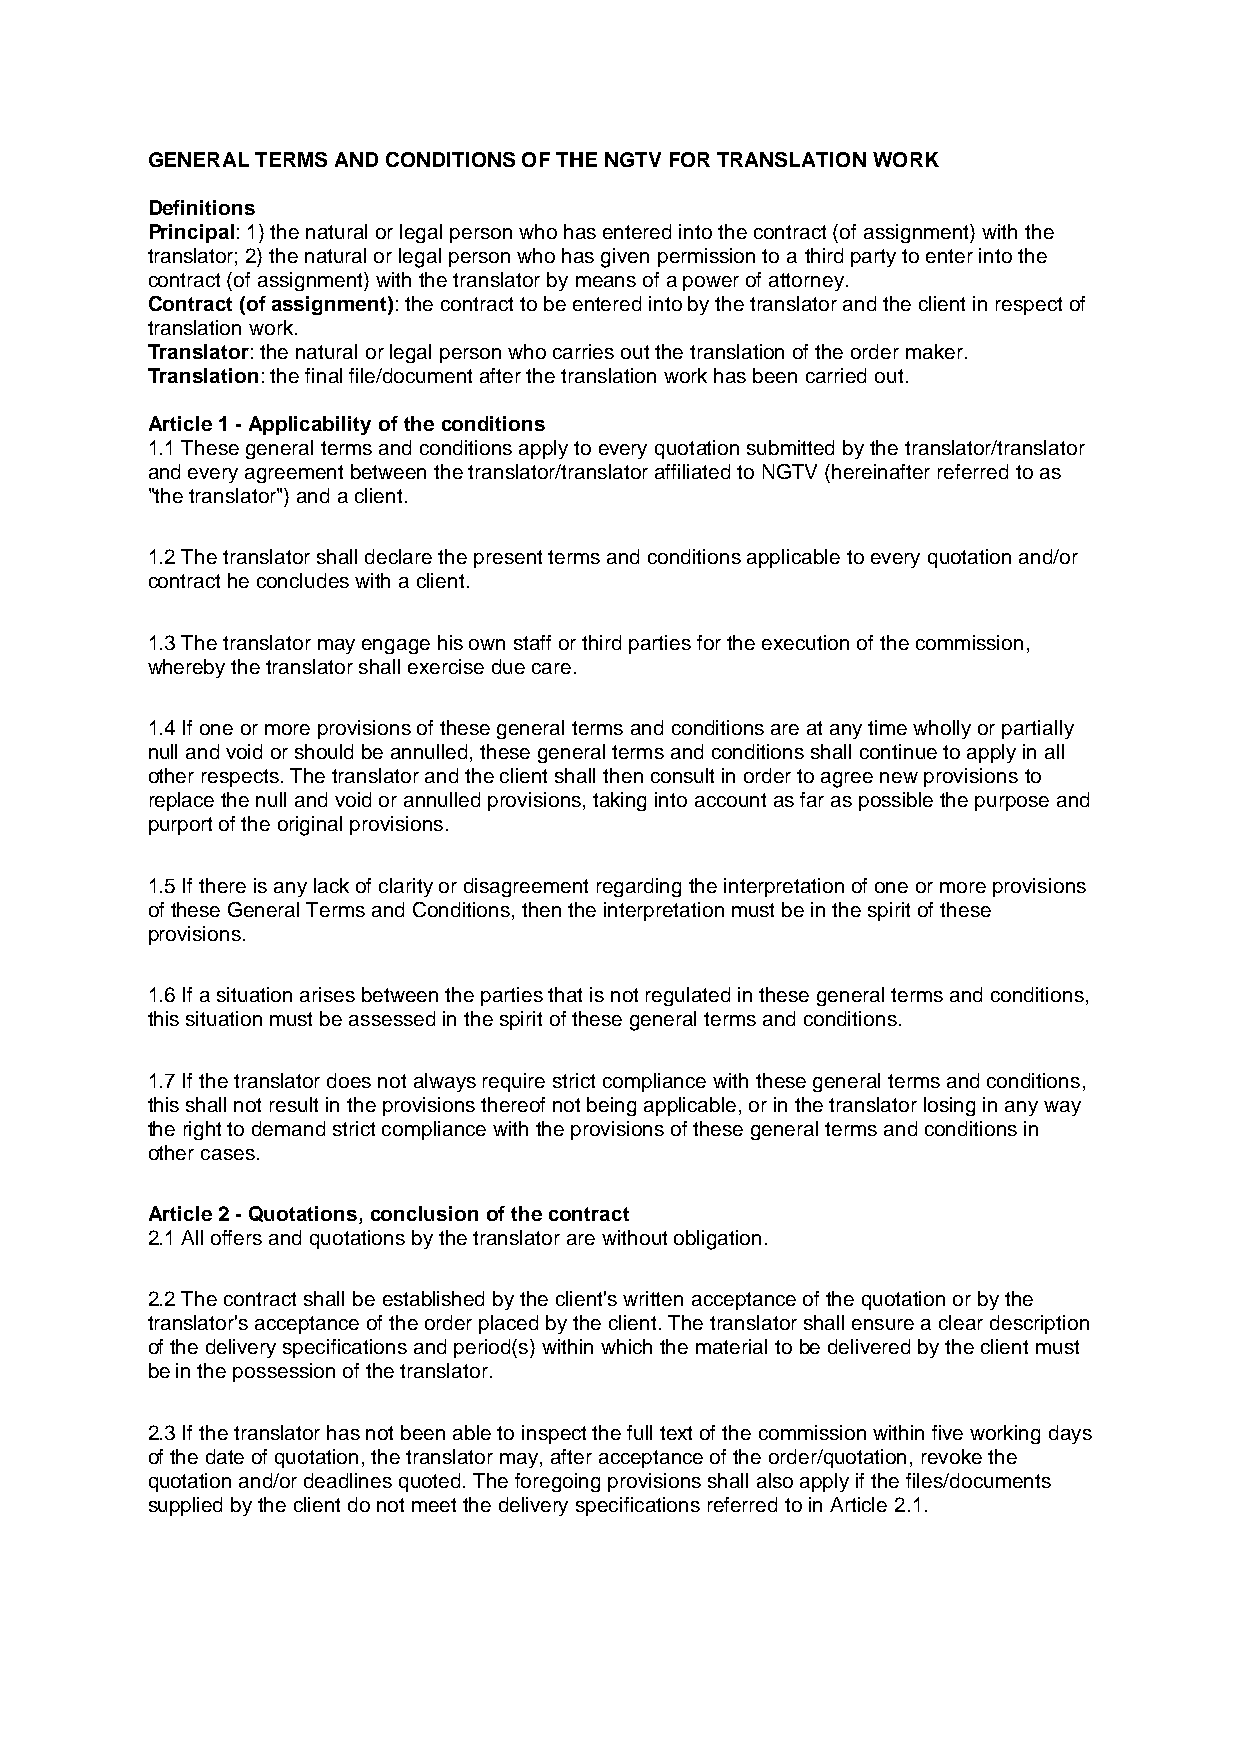
GENERAL TERMS AND CONDITIONS OF THE NGTV FOR TRANSLATION WORK
 Definitions
 Principal: 1) the natural or legal person who has entered into the contract (of assignment) with the
 translator; 2) the natural or legal person who has given permission to a third party to enter into the
 contract (of assignment) with the translator by means of a power of attorney.
 Contract (of assignment): the contract to be entered into by the translator and the client in respect of
 translation work.
 Translator: the natural or legal person who carries out the translation of the order maker.
 Translation: the final file/document after the translation work has been carried out.
 Article 1 - Applicability of the conditions
 1.1 These general terms and conditions apply to every quotation submitted by the translator/translator
 and every agreement between the translator/translator affiliated to NGTV (hereinafter referred to as
 "the translator") and a client.
 1.2 The translator shall declare the present terms and conditions applicable to every quotation and/or
 contract he concludes with a client.
 1.3 The translator may engage his own staff or third parties for the execution of the commission,
 whereby the translator shall exercise due care.
 1.4 If one or more provisions of these general terms and conditions are at any time wholly or partially
 null and void or should be annulled, these general terms and conditions shall continue to apply in all
 other respects. The translator and the client shall then consult in order to agree new provisions to
 replace the null and void or annulled provisions, taking into account as far as possible the purpose and
 purport of the original provisions.
 1.5 If there is any lack of clarity or disagreement regarding the interpretation of one or more provisions
 of these General Terms and Conditions, then the interpretation must be in the spirit of these
 provisions.
 1.6 If a situation arises between the parties that is not regulated in these general terms and conditions,
 this situation must be assessed in the spirit of these general terms and conditions.
 1.7 If the translator does not always require strict compliance with these general terms and conditions,
 this shall not result in the provisions thereof not being applicable, or in the translator losing in any way
 the right to demand strict compliance with the provisions of these general terms and conditions in
 other cases.
 Article 2 - Quotations, conclusion of the contract
 2.1 All offers and quotations by the translator are without obligation.
 2.2 The contract shall be established by the client's written acceptance of the quotation or by the
 translator's acceptance of the order placed by the client. The translator shall ensure a clear description
 of the delivery specifications and period(s) within which the material to be delivered by the client must
 be in the possession of the translator.
 2.3 If the translator has not been able to inspect the full text of the commission within five working days
 of the date of quotation, the translator may, after acceptance of the order/quotation, revoke the
 quotation and/or deadlines quoted. The foregoing provisions shall also apply if the files/documents
 supplied by the client do not meet the delivery specifications referred to in Article 2.1.